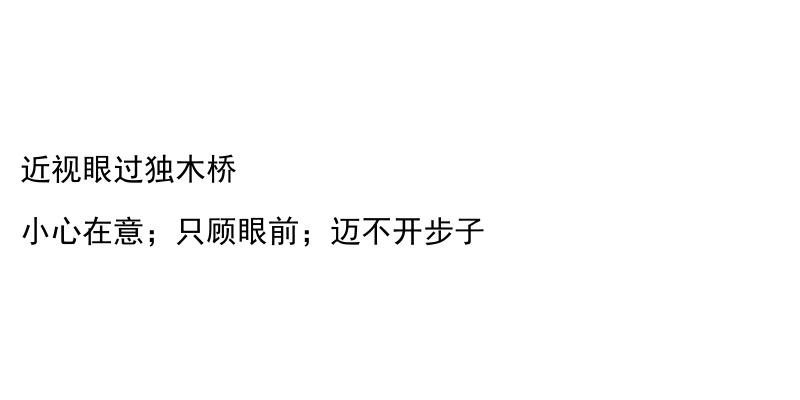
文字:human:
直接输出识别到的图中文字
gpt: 近视眼过独木桥 小心在意；只顾眼前；迈不开步子